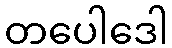
တပေါဒေါ